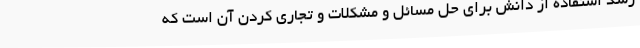
رشد استفاده از دانش برای حل مسائل و مشکلات و تجاری کردن آن است که